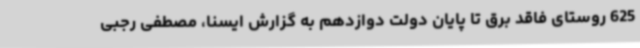
625 روستای فاقد برق تا پایان دولت دوازدهم به گزارش ایسنا، مصطفی رجبی